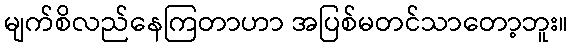
မျက်စိလည်နေကြတာဟာ အပြစ်မတင်သာတော့ဘူး။